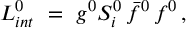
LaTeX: { \cal L } _ { i n t } ^ { 0 } \ = \ g ^ { 0 } S _ { i } ^ { 0 } \, \bar { f } ^ { 0 } \, f ^ { 0 } \, ,